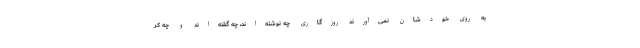
به روی خودشان نمی‌آورند روزگاری چه نوشته‌اند، چه گفته‌اند و چه کر